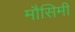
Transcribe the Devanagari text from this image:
मौसिमी